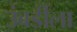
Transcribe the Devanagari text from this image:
उंबर्डीला